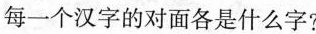
每一个汉字的对面各是什么字?